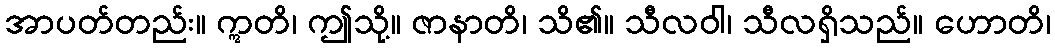
အာပတ်တည်း။ ဣတိ၊ ဤသို့။ ဇာနာတိ၊ သိ၏။ သီလဝါ၊ သီလရှိသည်။ ဟောတိ၊